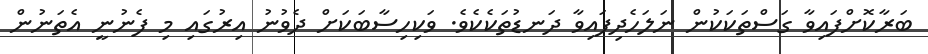
ބަރާކޮށްފައިވާ ގަސްތަކަކުން ނަލަހެދިފައިވާ ދަނޑުތަކެކެވެ. ވަކިހިސާބަކަށް ދެވުނު އިރުގައި މި ފެނުނީ އެތަނުން